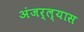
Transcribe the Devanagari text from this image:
अंजर्ल्यास